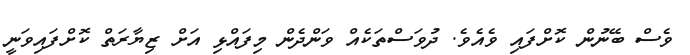
ވެސް ބޭނުން ކޮށްފައި ވެއެވެ. ދުވަސްތަކެއް ވަންދެން މިފައްޅި އަށް ޒިޔާރަތް ކޮށްފައިވަނީ